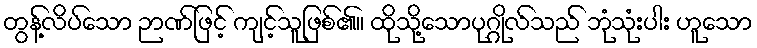
တွန့်လိပ်သော ဉာဏ်ဖြင့် ကျင့်သူဖြစ်၏။ ထိုသို့သောပုဂ္ဂိုလ်သည် ဘုံသုံးပါး ဟူသော